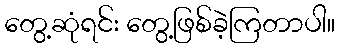
တွေ့ဆုံရင်း တွေ့ဖြစ်ခဲ့ကြတာပါ။